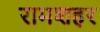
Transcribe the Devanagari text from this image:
रामशहर